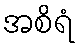
အစိရံ